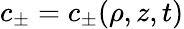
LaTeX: c_{\pm}=c_{\pm}(\rho,z,t)